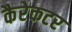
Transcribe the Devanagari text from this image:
कैरेकटर